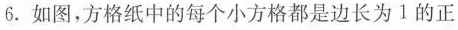
6.如图，方格纸中的每个小方格都是边长为1的正